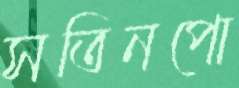
সতিনপো